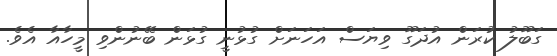
ގަބޫލު ކުރަން އުދަގޫ ވިޔަސް އަހަނަށް ގުޅުނީ ގުޅަން ބޭނުންވި މީހާއާ އެވެ.